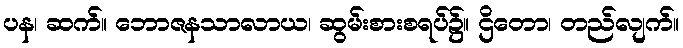
ပန၊ ဆက်။ ဘောဇနသာလာယ၊ ဆွမ်းစားစရပ်၌။ ဌိတော၊ တည်လျက်။